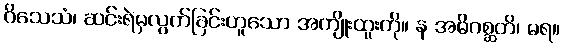
ဝိသေသံ၊ ဆင်းရဲမှလွက်ခြင်းဟူသော အကျိုးထူးကို။ န အဓိဂစ္ဆတိ၊ မရ။